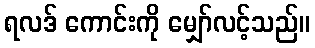
ရလဒ် ကောင်းကို မျှော်လင့်သည်။